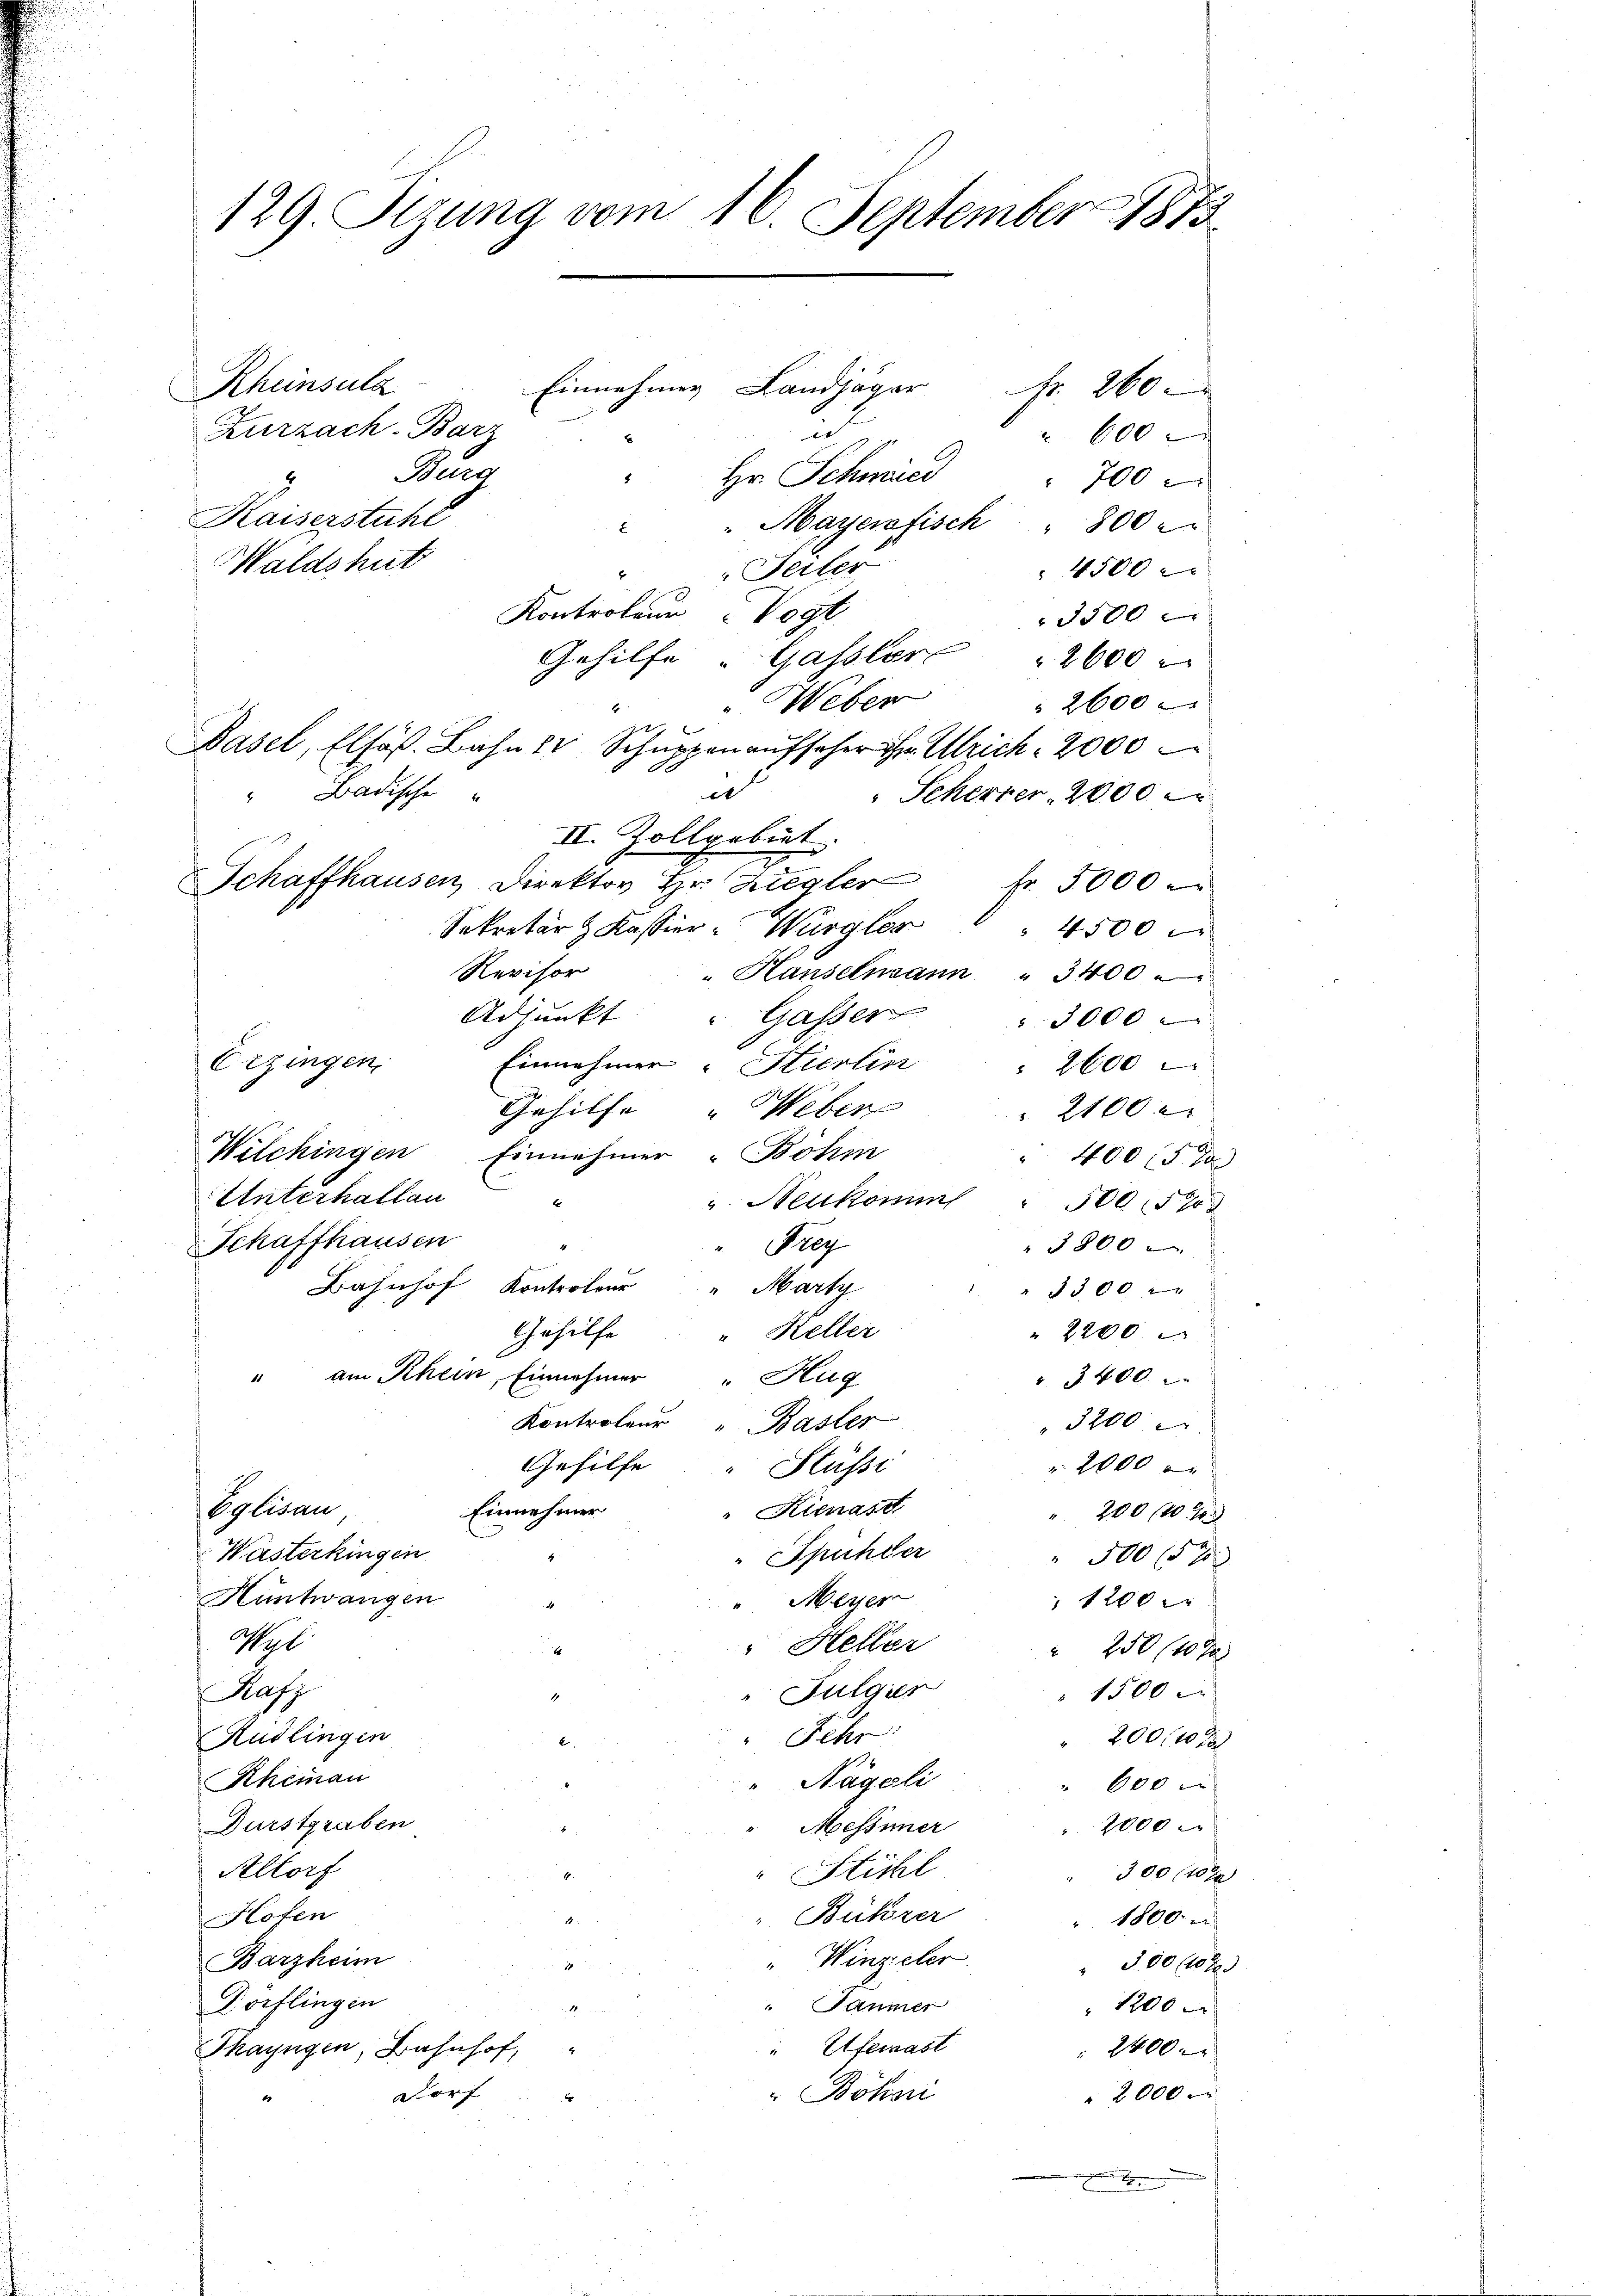
129. Sizung vom 16. September 1873.
Einnehmen Landjäger
Rheinsula
Nr. 260
Zurzach-Barz
u
 600
Burg
" Hr. Schmied
700
Kaiserstühl
"Mayerfisch " 800

4500
" " Seiter
Kontroleur Vogt
3500
Gehilfe Gassler " 2600
Weber
 2600
Basel, Elsaß. Bahn 1 Schŭppen aufseher in Ulrich 2000
e
Scherrer, 2000
III. Zollgobirt.
Schaffhausen, Direktor Hr. Ziegler 5000
Sekretär z Kassier-Würglor
4500
Revisor
" Hanselnsann " 3400
Adjunkt " Gasser " 3000
Erzingen. Einnehmer "Stierlin " 2600
Gehilfe " Weber
 2100
Wilchingen Einnehmer - Böhm
400 15 x
Unterhalten
 Aelkomm
500 (1708
Schaffhausen
3800
" Frey
Bahnhof Kontroler " Marty
 3300
Gehilfe
" 2200
" Keller
" am Rhein, Einnehmer " Hug
" 3400
Kontroleur " Basler
3200
Gehilfe
2000 x
Stüssi
Einnehmer
Eglisau,
Kienast
" 200 (10
Wasterkingen
" Spühler
 500 15 x
Hüntwangen
" Meyer
 1200 x
Wahl
" Heller
" 250 (10 Ja
" 1500
" Fulgier
Rafz
Fehr
Rüdlingen
200/10 x
Rheinau
" Nägeli
600 x
Durstgraben
 2000 x
Messiner
Altorf
" Stichl
300 (108
Bührer
Hofen
1800.
Winzeler
Barzheim
 300 (lt.
Dörflingen
Taumer
1200 x

" Efemast
Thayngen, Bahnhof,
2400 x
Dorf
Bökari
2000
4

Haldshut

"Badische